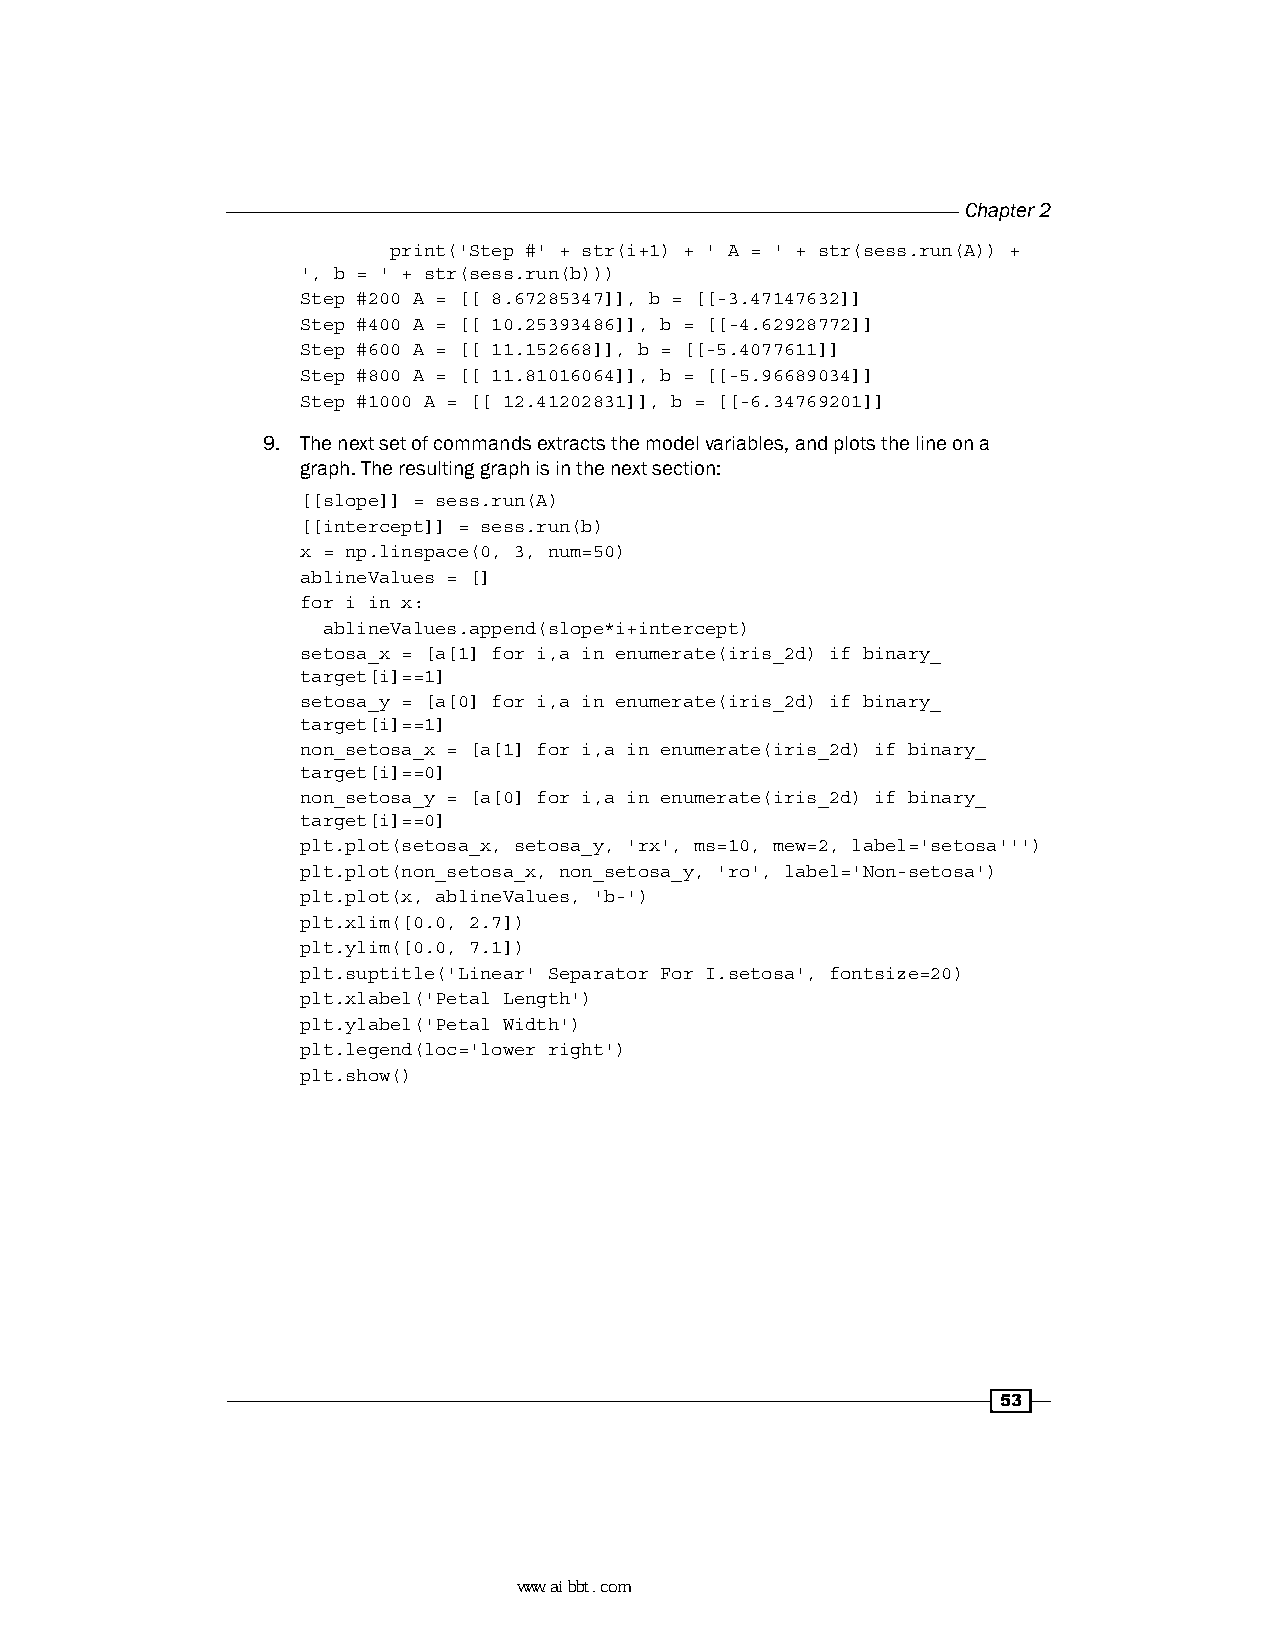
Chapter 2
 print('Step #' + str(i+1) + ' A = ' + str(sess.run(A)) +
 ', b = ' + str(sess.run(b)))
 Step #200 A = [[ 8.67285347]], b = [[-3.47147632]]
 Step #400 A = [[ 10.25393486]], b = [[-4.62928772]]
 Step #600 A = [[ 11.152668]], b = [[-5.4077611]]
 Step #800 A = [[ 11.81016064]], b = [[-5.96689034]]
 Step #1000 A = [[ 12.41202831]], b = [[-6.34769201]]
 9. The next set of commands extracts the model variables, and plots the line on a
 graph. The resulting graph is in the next section:
 [[slope]] = sess.run(A)
 [[intercept]] = sess.run(b)
 x = np.linspace(0, 3, num=50)
 ablineValues = []
 for i in x:
 ablineValues.append(slope*i+intercept)
 setosa_x = [a[1] for i,a in enumerate(iris_2d) if binary_
 target[i]==1]
 setosa_y = [a[0] for i,a in enumerate(iris_2d) if binary_
 target[i]==1]
 non_setosa_x = [a[1] for i,a in enumerate(iris_2d) if binary_
 target[i]==0]
 non_setosa_y = [a[0] for i,a in enumerate(iris_2d) if binary_
 target[i]==0]
 plt.plot(setosa_x, setosa_y, 'rx', ms=10, mew=2, label='setosa''')
 plt.plot(non_setosa_x, non_setosa_y, 'ro', label='Non-setosa')
 plt.plot(x, ablineValues, 'b-')
 plt.xlim([0.0, 2.7])
 plt.ylim([0.0, 7.1])
 plt.suptitle('Linear' Separator For I.setosa', fontsize=20)
 plt.xlabel('Petal Length')
 plt.ylabel('Petal Width')
 plt.legend(loc='lower right')
 plt.show()
 53
 www.aibbt.com 让未来触手可及